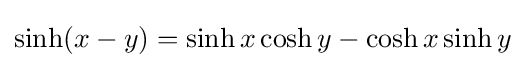
\sinh(x-y)=\sinh x\cosh y-\cosh x\sinh y